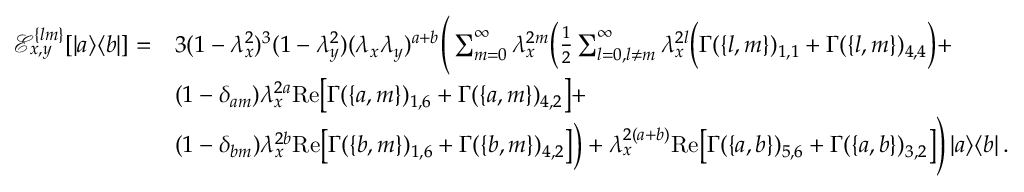
\begin{array} { r l } { \mathcal { E } _ { x , y } ^ { \{ l m \} } [ \left| a \middle > \middle < b \right| ] = } & { 3 ( 1 - \lambda _ { x } ^ { 2 } ) ^ { 3 } ( 1 - \lambda _ { y } ^ { 2 } ) ( \lambda _ { x } \lambda _ { y } ) ^ { a + b } \Bigg ( \sum _ { m = 0 } ^ { \infty } \lambda _ { x } ^ { 2 m } \bigg ( \frac { 1 } { 2 } \sum _ { l = 0 , l \neq m } ^ { \infty } \lambda _ { x } ^ { 2 l } \Big ( \Gamma ( \{ l , m \} ) _ { 1 , 1 } + \Gamma ( \{ l , m \} ) _ { 4 , 4 } \Big ) + } \\ & { ( 1 - \delta _ { a m } ) \lambda _ { x } ^ { 2 a } \mathrm { R e } \big [ \Gamma ( \{ a , m \} ) _ { 1 , 6 } + \Gamma ( \{ a , m \} ) _ { 4 , 2 } \big ] + } \\ & { ( 1 - \delta _ { b m } ) \lambda _ { x } ^ { 2 b } \mathrm { R e } \big [ \Gamma ( \{ b , m \} ) _ { 1 , 6 } + \Gamma ( \{ b , m \} ) _ { 4 , 2 } \big ] \bigg ) + \lambda _ { x } ^ { 2 ( a + b ) } \mathrm { R e } \big [ \Gamma ( \{ a , b \} ) _ { 5 , 6 } + \Gamma ( \{ a , b \} ) _ { 3 , 2 } \big ] \Bigg ) \left| a \middle > \middle < b \right| . } \end{array}